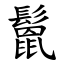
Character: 鬛